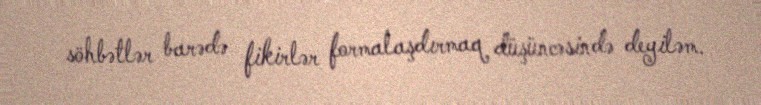
söhbətlər barədə fikirlər formalaşdırmaq düşüncəsində deyiləm.